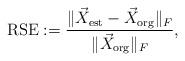
LaTeX: \begin{align*}\mathrm{RSE} := \dfrac{\|\vec{X}_{\mathrm{est}} - \vec{X}_{\mathrm{org}}\|_F}{\|\vec{X}_{\mathrm{org}}\|_F}, \end{align*}